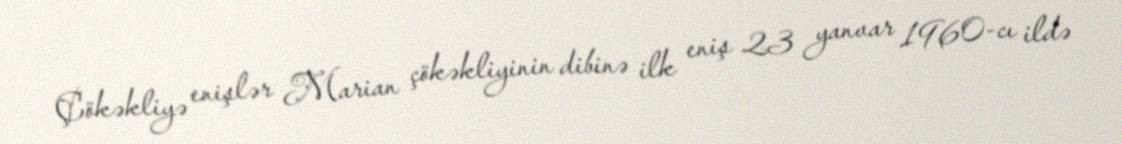
Çökəkliyə enişlər Marian çökəkliyinin dibinə ilk eniş 23 yanvar 1960-cı ildə